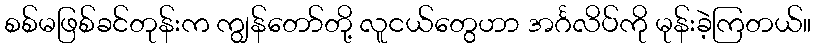
စစ်မဖြစ်ခင်တုန်းက ကျွန်တော်တို့ လူငယ်တွေဟာ အင်္ဂလိပ်ကို မုန်းခဲ့ကြတယ်။